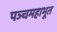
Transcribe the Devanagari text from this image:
पञ्चमहाभूत